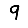
Digit: 9